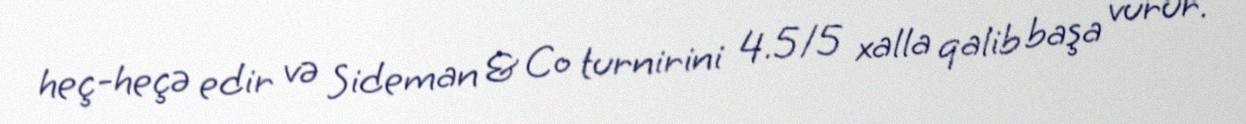
heç-heçə edir və Sideman & Co turnirini 4.5/5 xalla qalib başa vurur.